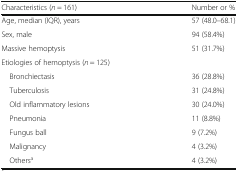
<table><thead><tr><td><b>Characteristics (<i>n</i> = 161)</b></td><td><b>Number or %</b></td></tr></thead><tbody><tr><td>Age, median (IQR), years</td><td>57 (48.0–68.1)</td></tr><tr><td>Sex, male</td><td>94 (58.4%)</td></tr><tr><td>Massive hemoptysis</td><td>51 (31.7%)</td></tr><tr><td colspan="2">Etiologies of hemoptysis (<i>n</i> = 125)</td></tr><tr><td> Bronchiectasis</td><td>36 (28.8%)</td></tr><tr><td> Tuberculosis</td><td>31 (24.8%)</td></tr><tr><td> Old inflammatory lesions</td><td>30 (24.0%)</td></tr><tr><td> Pneumonia</td><td>11 (8.8%)</td></tr><tr><td> Fungus ball</td><td>9 (7.2%)</td></tr><tr><td> Malignancy</td><td>4 (3.2%)</td></tr><tr><td> Others<sup>a</sup></td><td>4 (3.2%)</td></tr></tbody></table>